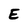
Character: E